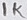
Text: 1K